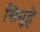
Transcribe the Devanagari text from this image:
सिनुहे